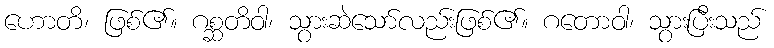
ဟောတိ၊ ဖြစ်၏။ ဂစ္ဆတိဝါ၊ သွားဆဲသော်လည်းဖြစ်၏။ ဂတောဝါ၊ သွားပြီးသည်